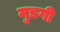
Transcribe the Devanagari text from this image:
मुडगी